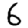
Digit: 6